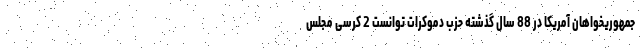
جمهوریخواهان آمریکا در 88 سال گذشته حزب دموکرات توانست 2 کرسی مجلس